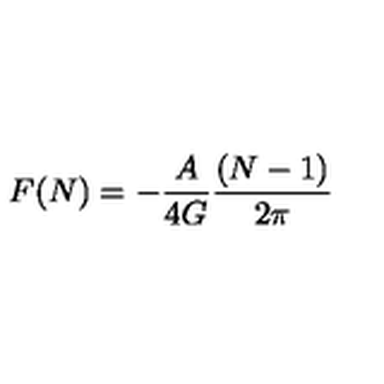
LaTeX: F ( N ) = - { \frac { A } { 4 G } } { \frac { ( N - 1 ) } { 2 \pi } }